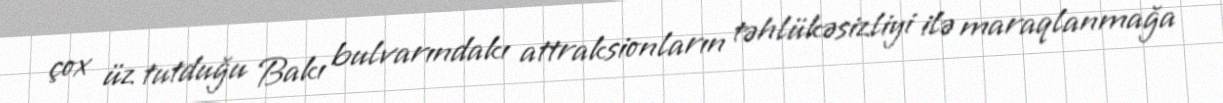
çox üz tutduğu Bakı bulvarındakı attraksionların təhlükəsizliyi ilə maraqlanmağa